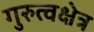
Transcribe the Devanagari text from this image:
गुरुत्वक्षेत्र